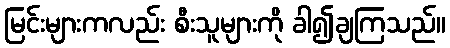
မြင်းများကလည်း စီးသူများကို ခါ၍ချကြသည်။